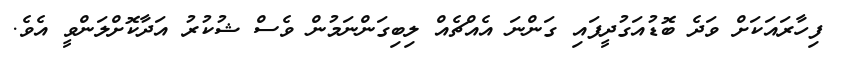
ފިހާރައަކަށް ވަދެ ބޮޑުއަގުދީފައި ގަންނަ އެއްޗެއް ލިބިގަންނަމުން ވެސް ޝުކުރު އަދާކޮށްލަންވީ އެވެ.